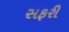
સફરી